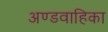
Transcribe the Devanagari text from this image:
अण्डवाहिका